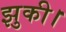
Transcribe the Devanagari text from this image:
झुकी।